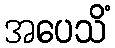
အပေသိံ